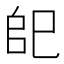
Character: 𢀹